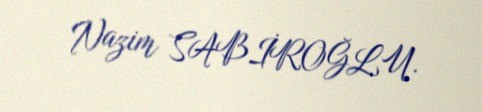
Nazim SABİROĞLU.